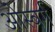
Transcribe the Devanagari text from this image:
ओस्बर्ग